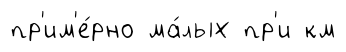
пр'им'е́рно ма́лых пр'и км